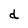
Character: d